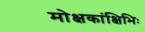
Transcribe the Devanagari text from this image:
मोक्षकांक्षिभिः